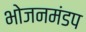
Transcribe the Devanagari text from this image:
भोजनमंडप